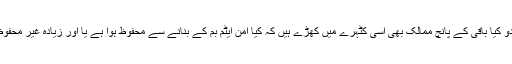
بلکہ یہی دو کیا باقی کے پانچ ممالک بھی اسی کٹہرے میں کھڑے ہیں کہ کیا امن ایٹم بم کے بنانے سے محفوظ ہوا ہے یا اور زیادہ غیر محفوظ ہوا ہے؟